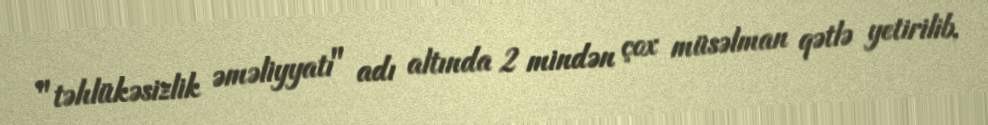
"təhlükəsizlik əməliyyatı" adı altında 2 mindən çox müsəlman qətlə yetirilib,